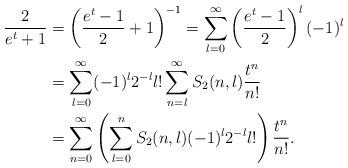
LaTeX: \begin{align*}\frac{2}{e^t+1} &= \left( \frac{e^t-1}{2} +1 \right)^{-1} = \sum_{l=0}^\infty \left( \frac{e^t-1}{2} \right)^l (-1)^l\\&= \sum_{l=0}^\infty (-1)^l 2^{-l} l! \sum_{n=l}^\infty S_2(n,l) \frac{t^n}{n!}\\&= \sum_{n=0}^\infty \left( \sum_{l=0}^n S_2(n,l) (-1)^l 2^{-l} l! \right) \frac{t^n}{n!}.\end{align*}